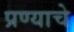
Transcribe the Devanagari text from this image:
प्रण्याचे